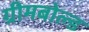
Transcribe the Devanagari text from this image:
ग्रीमबोल्ड